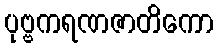
ပုဗ္ဗကရဏဇာတိကော